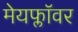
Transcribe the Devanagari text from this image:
मेयफ्लाॅवर